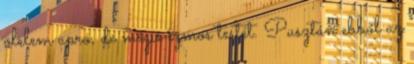
ölelem apró, de mégis izmos testét. Pusztán ebből az